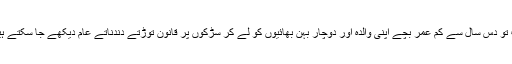
اب تو دس سال سے کم عمر بچے اپنی والدہ اور دوچار بہن بھائیوں کو لے کر سڑکوں پر قانون توڑتے دندناتے عام دیکھے جا سکتے ہیں۔